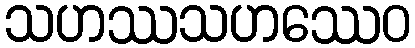
သဟဿသဟဿေဝ